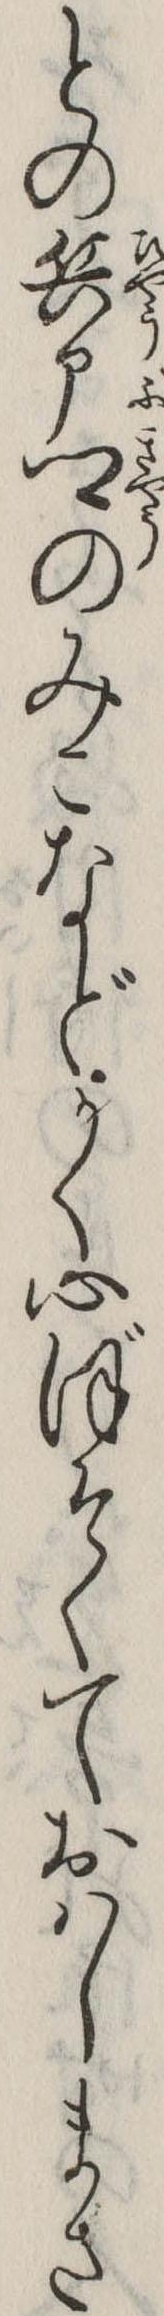
との兵部卿のみこなどかく心ぼそくておはしまさ